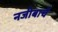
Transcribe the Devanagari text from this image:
नजीबाचें